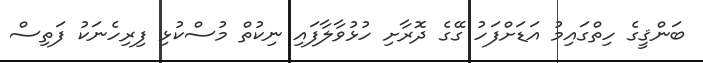
ބަންޤީގެ ހިތްގައިމު އަޑަށްފަހު ގޭގެ ދޮރާށި ހުޅުވާލާފައި ނިކުތް މުސްކުޅި ފިރިހެނަކު ފަތިސް